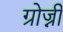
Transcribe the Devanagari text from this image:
ग्रोज्नी